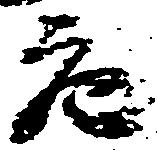
充